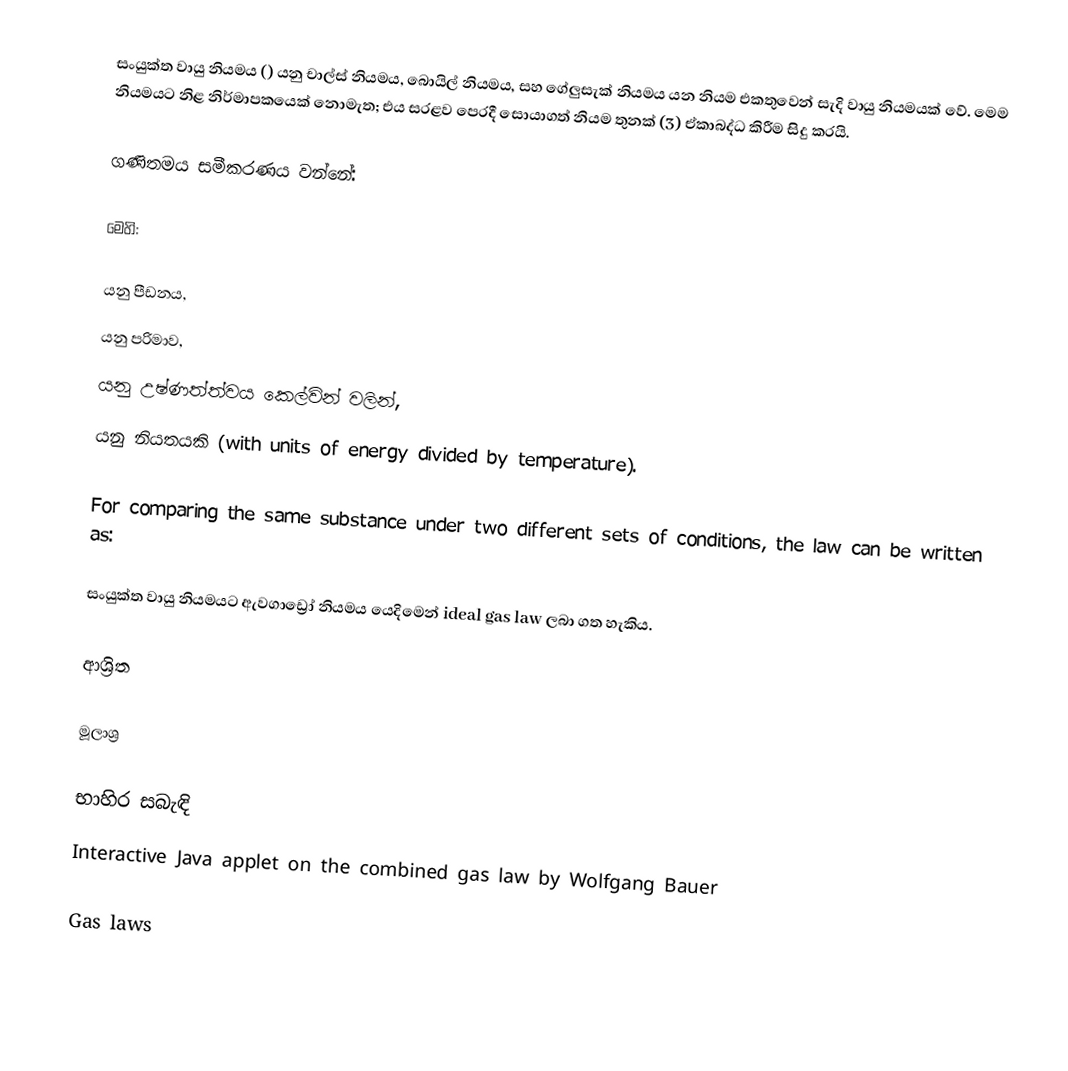
සංයුක්ත වායු නියමය () යනු චාල්ස් නියමය, බොයිල් නියමය, සහ ගේලුසැක් නියමය යන නියම එකතුවෙන් සැදි වායු නියමයක් වේ.  මෙම නියමයට නිළ නිර්මාපකයෙක් නොමැත; එය සරළව පෙරදී සොයාගත් නියම තුනක් (3) ඒකාබද්ධ කිරීම සිදු කරයි.

ගණිතමය සමීකරණය වන්නේ:

මෙහි:

 යනු පීඩනය,
 යනු පරිමාව,
 යනු උෂ්ණත්ත්වය  කෙල්වින් වලින්,
 යනු නියතයකි (with units of energy divided by temperature).

For comparing the same substance under two different sets of conditions, the law can be written as:

සංයුක්ත වායු නියමයට ඇවගාඩ්‍රෝ නියමය  යෙදිමෙන් ideal gas law ලබා ගත හැකිය.

ආශ්‍රිත

මූලාශ්‍ර

භාහිර සබැඳි
 Interactive Java applet on the combined gas law by Wolfgang Bauer

Gas laws